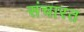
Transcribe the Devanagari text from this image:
संचारत